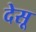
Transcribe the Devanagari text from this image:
देसू